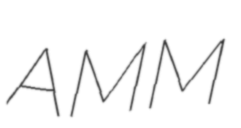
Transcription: AMM